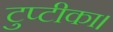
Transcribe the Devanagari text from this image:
टुप्टीका।